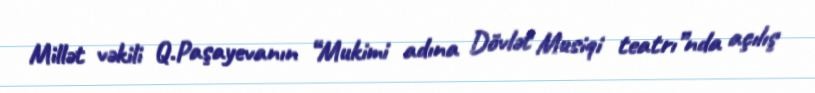
Millət vəkili Q.Paşayevanın “Mukimi adına Dövlət Musiqi teatrı”nda açılış